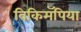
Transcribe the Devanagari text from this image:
विकिमॅपिया